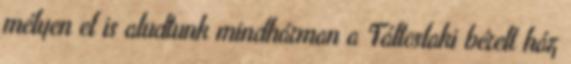
mélyen el is aludtunk mindhárman a Táltoslaki bérelt ház